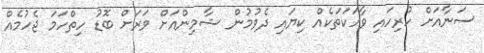
ސަނާއަށް ހުރިހައި ވާހަކަތަކެއް ކިޔައި ދެވުމުން ޝާމިންއަށް ވަރަށް ބޮޑު ހިތްހަމަ ޖެހުމެއް